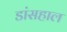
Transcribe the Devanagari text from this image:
डांसहाल